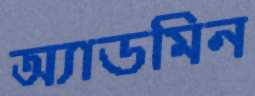
অ্যাডমিন